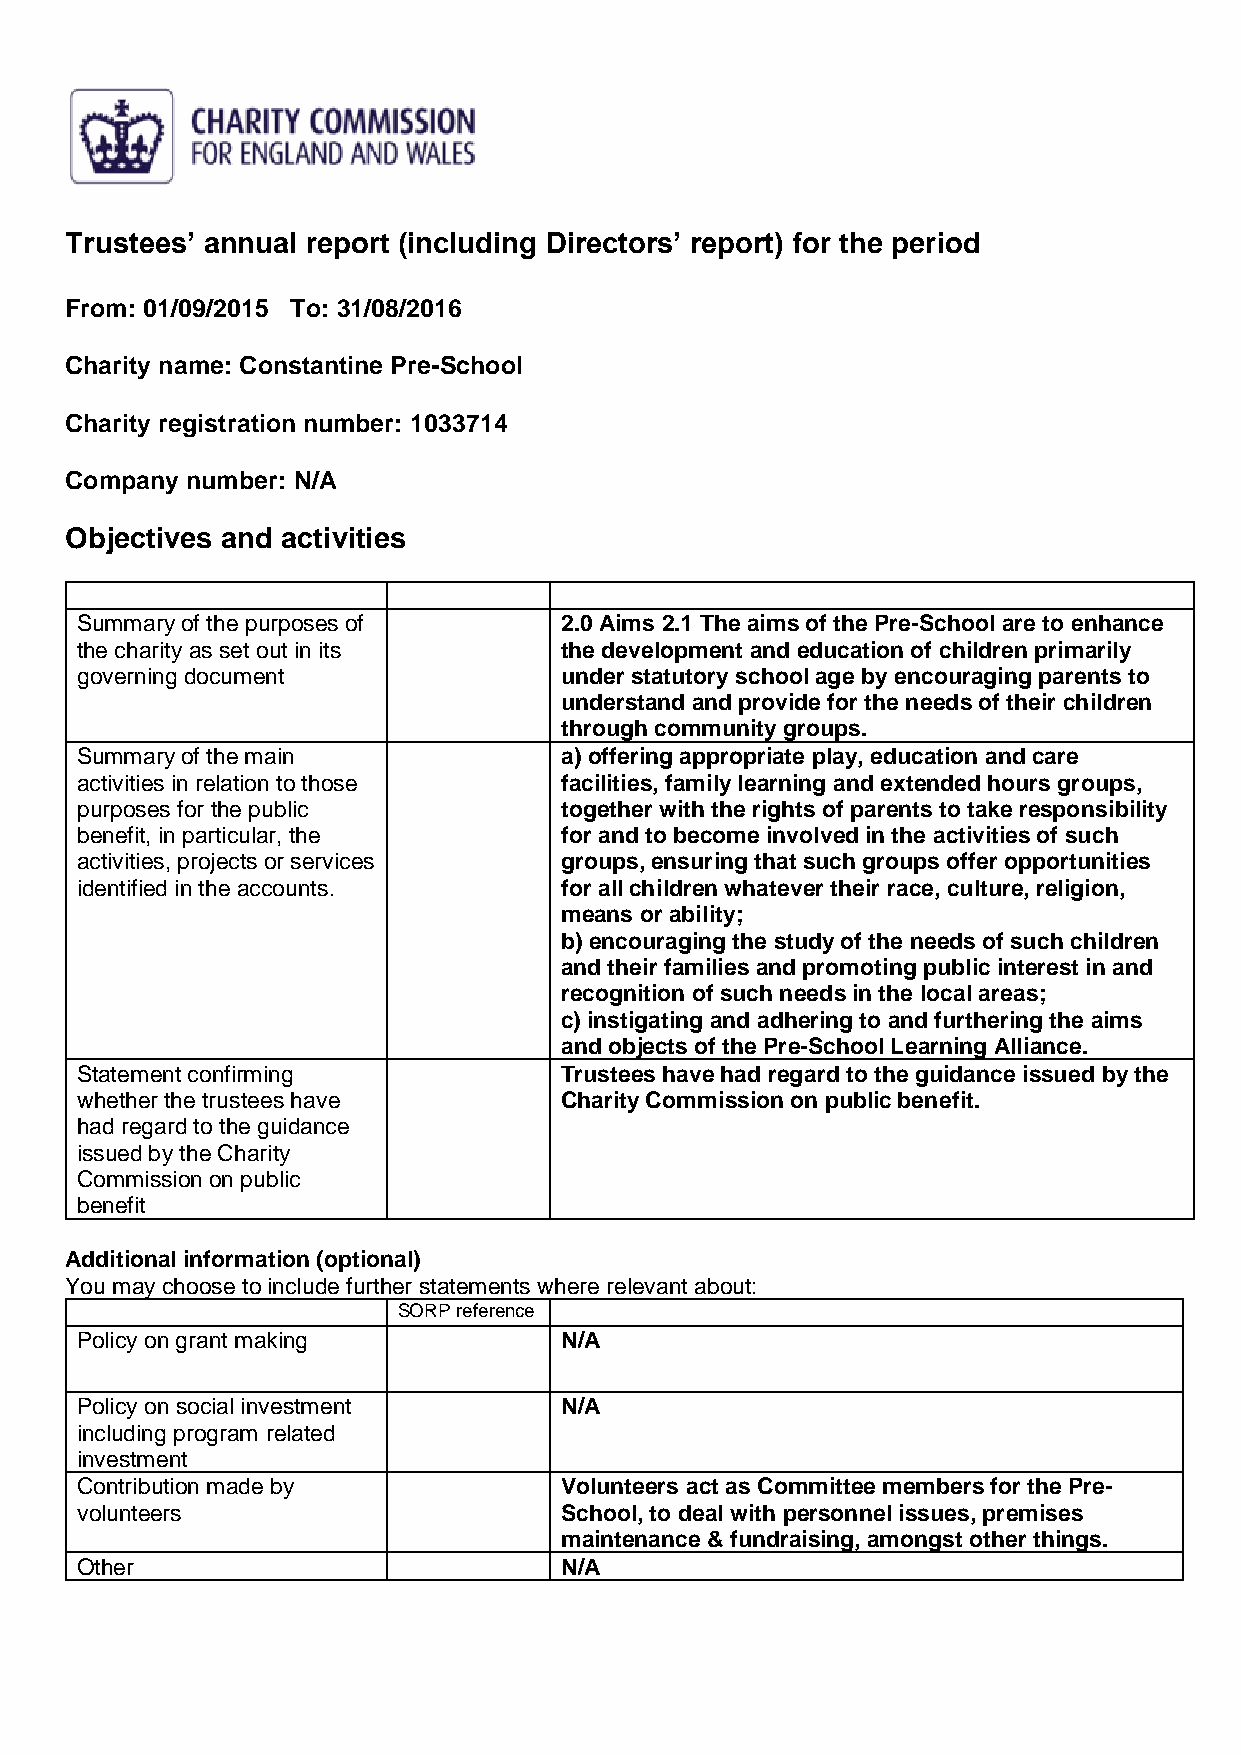
Trustees’ annual report (including Directors’ report) for the period
 From: 01/09/2015 To: 31/08/2016
 Charity name: Constantine Pre-School
 Charity registration number: 1033714
 Company number: N/A
 Objectives and activities
 Summary of the purposes of      2.0 Aims 2.1 The aims of the Pre-School are to enhance
 the charity as set out in its   the development and education of children primarily
 governing document              under statutory school age by encouraging parents to
 understand and provide for the needs of their children
 through community groups.
 Summary of the main             a) offering appropriate play, education and care
 activities in relation to those facilities, family learning and extended hours groups,
 purposes for the public         together with the rights of parents to take responsibility
 benefit, in particular, the     for and to become involved in the activities of such
 activities, projects or services groups, ensuring that such groups offer opportunities
 identified in the accounts.     for all children whatever their race, culture, religion,
 means or ability;
 b) encouraging the study of the needs of such children
 and their families and promoting public interest in and
 recognition of such needs in the local areas;
 c) instigating and adhering to and furthering the aims
 and objects of the Pre-School Learning Alliance.
 Statement confirming            Trustees have had regard to the guidance issued by the
 whether the trustees have       Charity Commission on public benefit.
 had regard to the guidance
 issued by the Charity
 Commission on public
 benefit
 Additional information (optional)
 You may choose to include further statements where relevant about:
 SORP reference
 Policy on grant making          N/A
 Policy on social investment     N/A
 including program related
 investment
 Contribution made by            Volunteers act as Committee members for the Pre-
 volunteers                      School, to deal with personnel issues, premises
 maintenance & fundraising, amongst other things.
 Other                           N/A